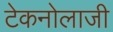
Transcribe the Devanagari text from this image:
टेकनोलाजी